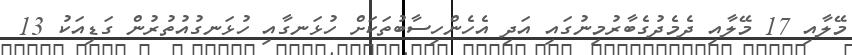
މޭލާއި 17 މޭލާއި ދެމެދުގެބާރުމިނުގައި އަދި އެހެންހިސާބުތަކަށް ހުޅަނގާއި ހުޅަނގުއުތުރުން ގަޑިއަކު 13